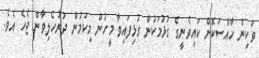
ވަކިން ހާއްސަކޮށް ކައިވެނީގެ ގުޅުމަކުން ގުޅިފައިވާ މީހުން މިކަމުން ދުރުހެލިވާން ޖެހެ އެވެ.